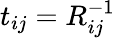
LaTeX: t_{ij}=R_{ij}^{-1}